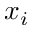
x _ { i }